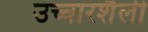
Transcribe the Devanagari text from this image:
उच्चारशैली